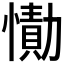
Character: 𰒔